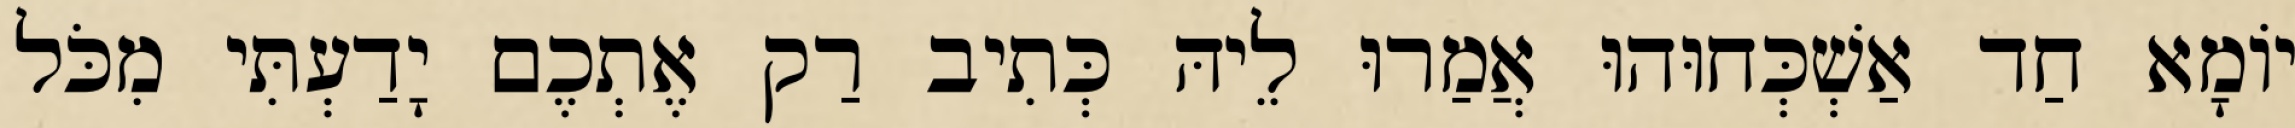
יוֹמָא חַד אַשְׁכְּחוּהוּ אֲמַרוּ לֵיהּ כְּתִיב רַק אֶתְכֶם יָדַעְתִּי מִכֹּל